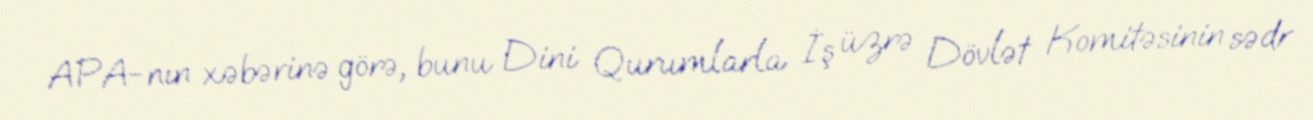
APA-nın xəbərinə görə, bunu Dini Qurumlarla İş üzrə Dövlət Komitəsinin sədr